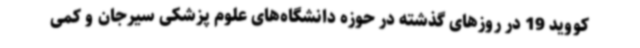
کووید 19 در روزهای گذشته در حوزه دانشگاه‌های علوم پزشکی سیرجان و کمی